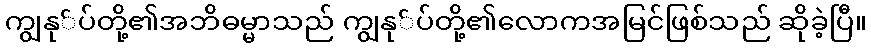
ကျွနု်ပ်တို့၏အဘိဓမ္မာသည် ကျွနု်ပ်တို့၏လောကအမြင်ဖြစ်သည် ဆိုခဲ့ပြီ။